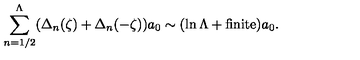
\sum _ { n = 1 / 2 } ^ { \Lambda } ( \Delta _ { n } ( \zeta ) + \Delta _ { n } ( - \zeta ) ) a _ { 0 } \sim ( \ln \Lambda + \mathrm { { f i n i t e } } ) a _ { 0 } .